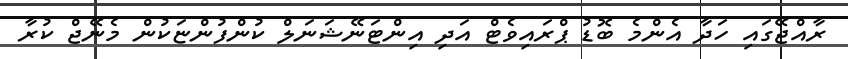
ރާއްޖޭގައި ހަދާ އެންމެ ބޮޑު ޕްރައިވެޓް އަދި އިންޓަނޭޝަނަލް ކުންފުންޏަކުން މެނޭޖް ކުރާ